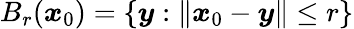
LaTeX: B_{r}({\boldsymbol x}_{0})=\{ {\boldsymbol y}:\| {\boldsymbol x}_{0}-{\boldsymbol y}\| \leq r\}